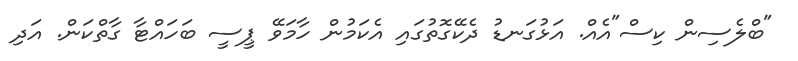
"ބްލެސިން ކިސް"އެއް. އަޅުގަނޑު ދެކޭގޮތުގައި އެކަމުން ހާމަވޭ ޕީސީ ބަހައްޓާ ގާތްކަން. އަދި